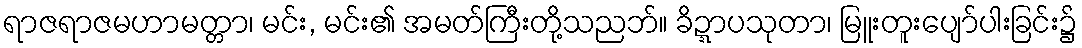
ရာဇရာဇမဟာမတ္တာ၊ မင်း, မင်း၏ အမတ်ကြီးတို့သညဘ်။ ခိဍ္ဍာပသုတာ၊ မြူးတူးပျော်ပါးခြင်း၌